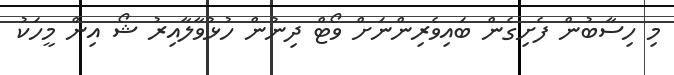
މި ހިސާބުން ފެށިގެން ބައިވެރިންނަށް ވޯޓް ދިނުން ހުޅުވާލާއިރު ޝޯ އިން މީހަކު